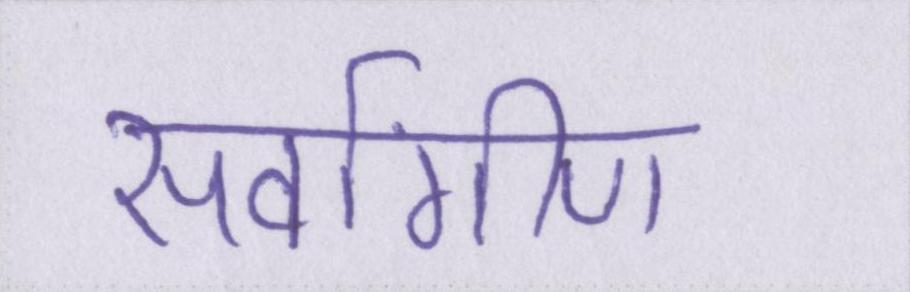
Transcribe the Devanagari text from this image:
सर्वांगीण